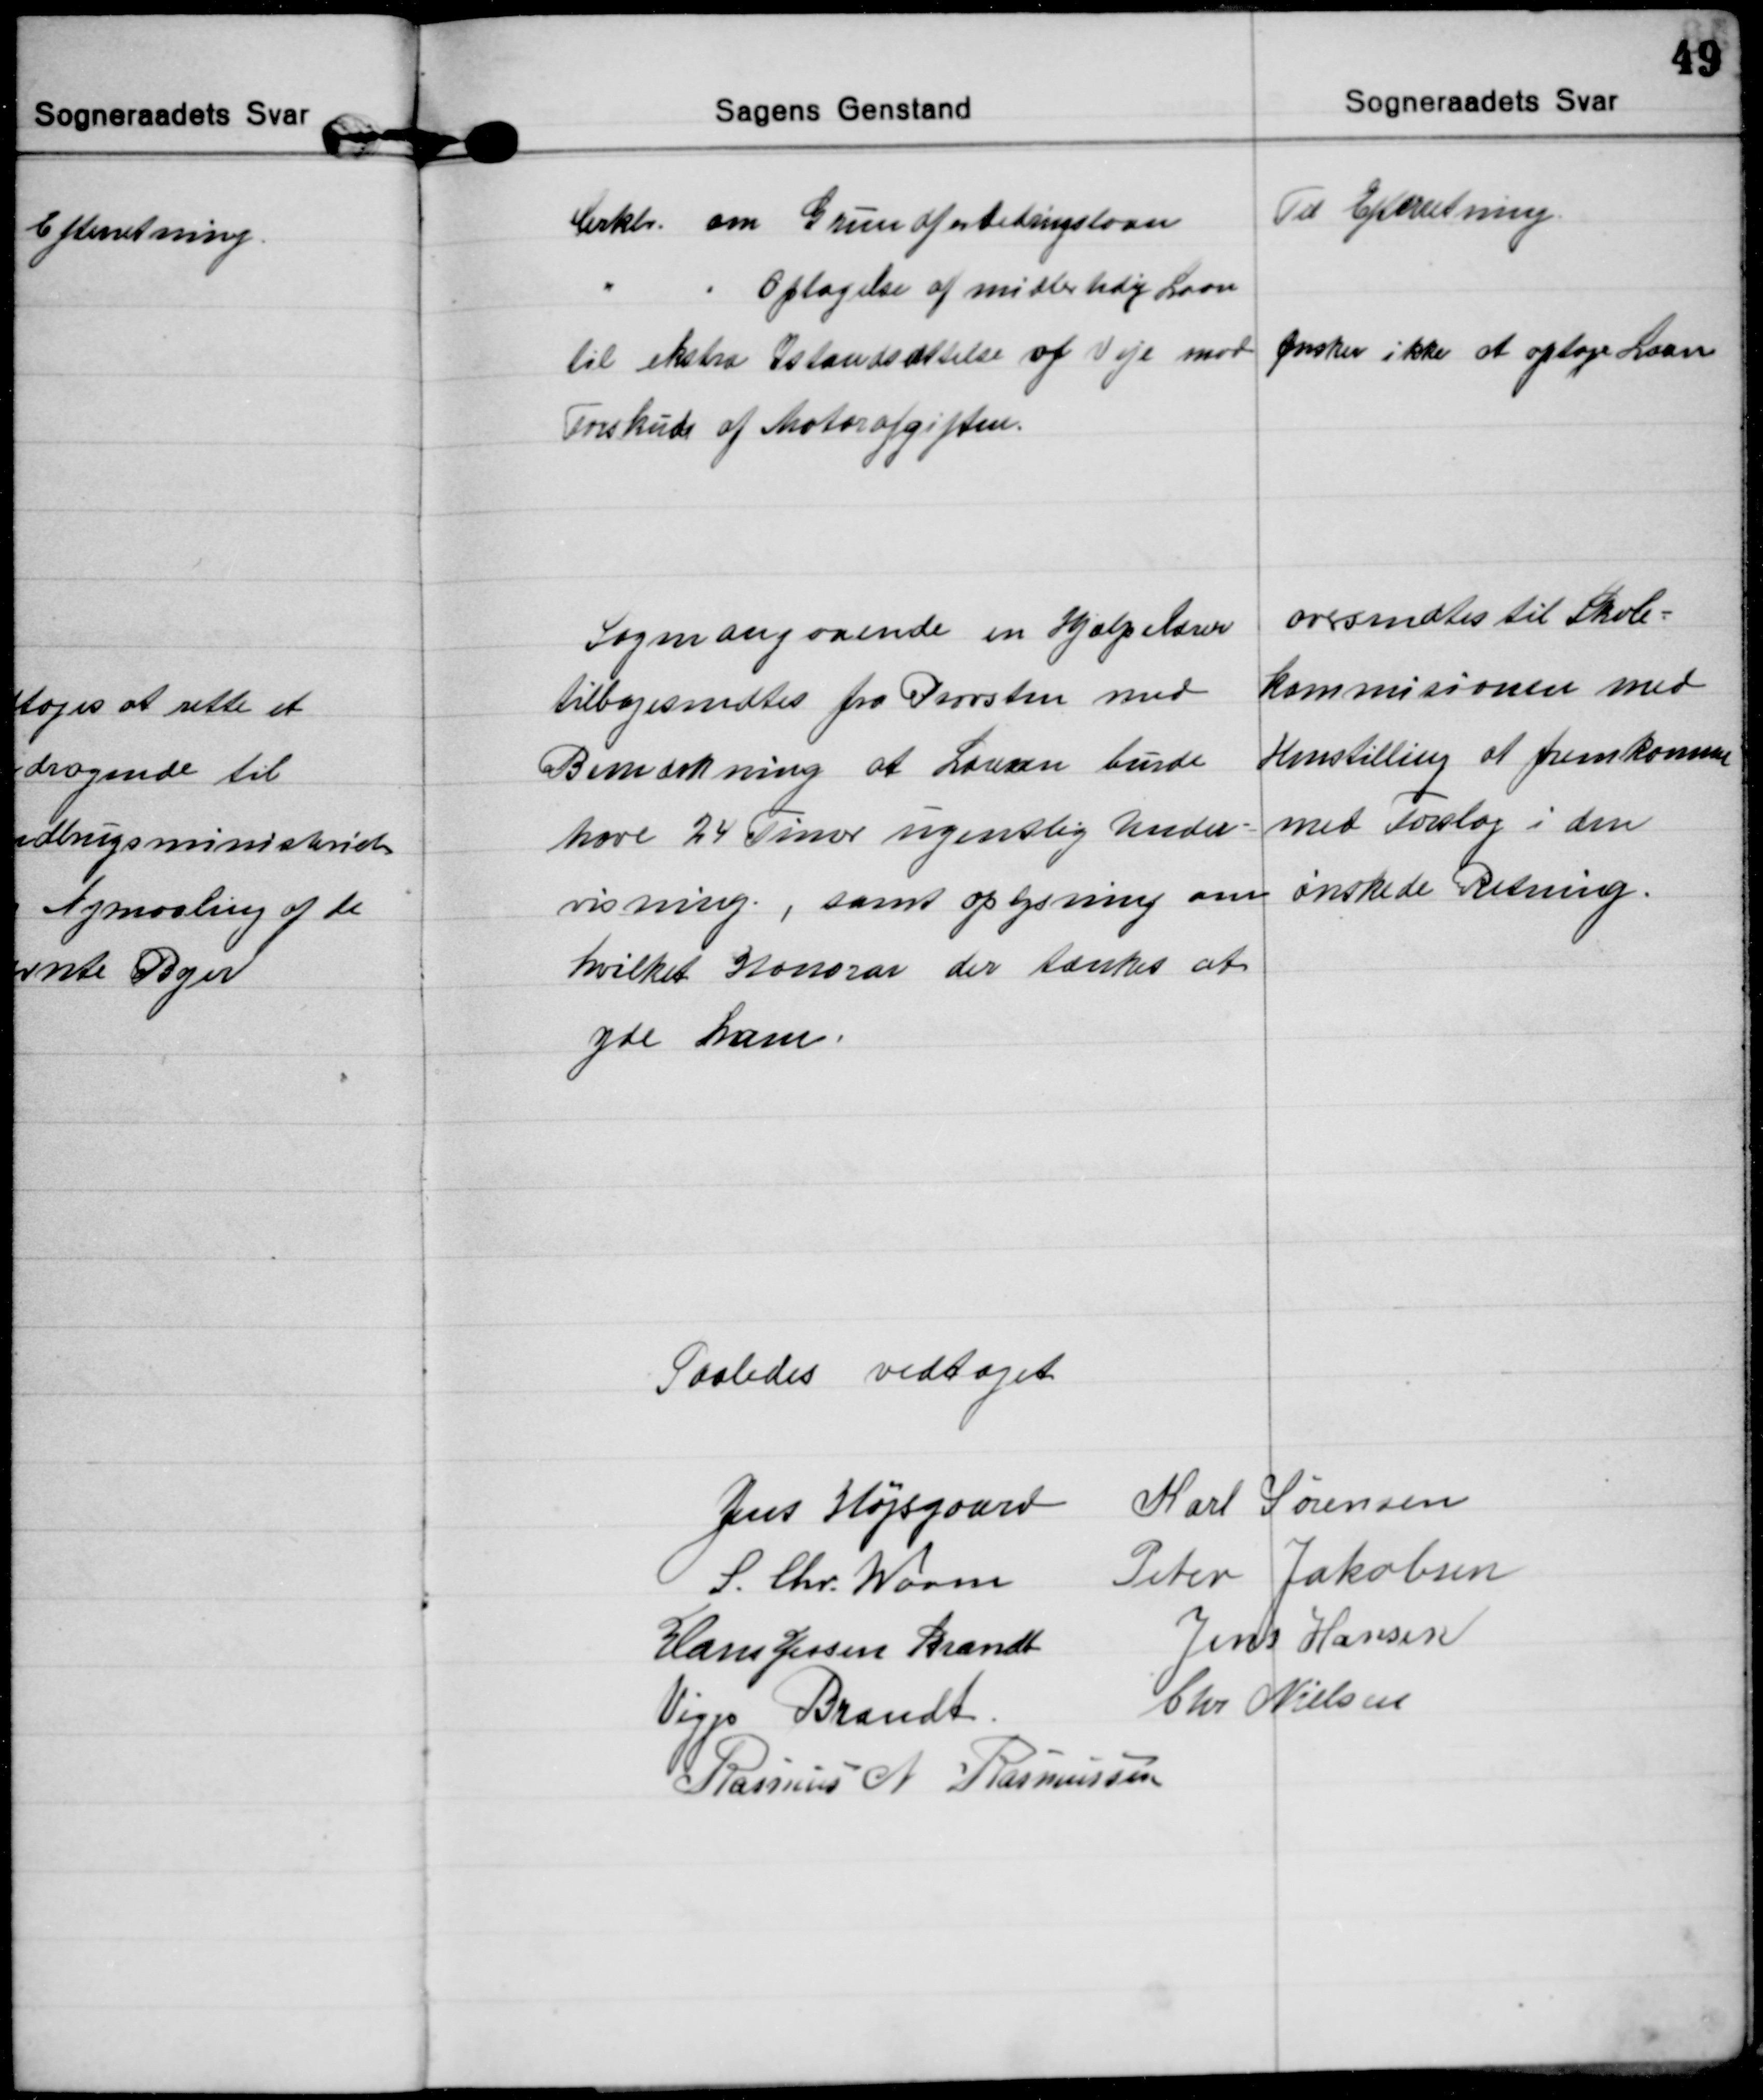
Transskription:
Crklr. om Grundforbedringslaan  
Til Efterretning
Optagelse af midlertidig Laan
til ekstra Istandsættelse af Veje mod
Forskud af Motorafgiften.
Ønsker ikke at optage Laan

Sagen angaaende en Hjælpelærer
tilbagesendtes fra Provsten med
Bemærkning at Læreren burde
have 24 Timer ugentlig Under=
visning, samt oplysning om
hvilket Honorar der tænkes at
yde ham.
oversendtes til Skole=
kommisionen med
Henstilling at fremkomme
med Forslag i den
ønskede Retning.

Saaledes vedtaget

Jens Højsgaard Karl Sørensen
S. Chr. Worm Peter Jakobsen
Hans Jessen Brandt Jens Hansen
Viggo Brandt
Chr Nielsen
Rasmus N Rasmussen